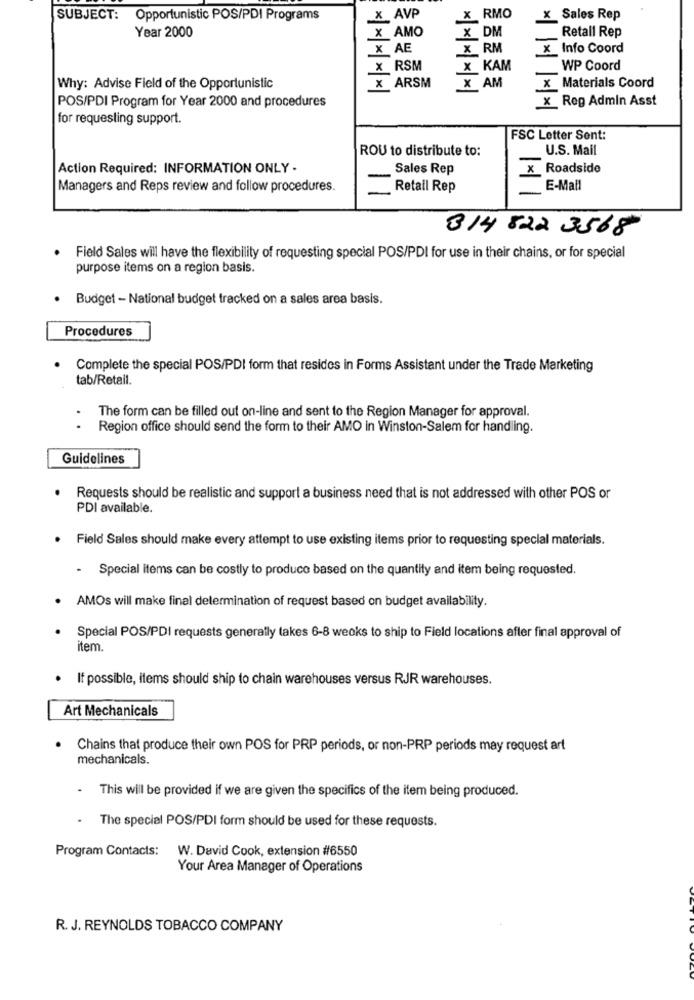
SUBJECT: Opportunistic POS/PDI Programs
x AVP
x RMO
x Sales Rep
X AMO
Retall Rep
Year 2000
X DM
X AE
X RM
x Info Coord
x RSM
x KAM
WP Coord
Why: Advise Field of the Opportunistic
X ARSM
X AM
x Materials Coord
POS/PDI Program for Year 2000 and procedures
x_Reg Admin Asst
for requesting support.
FSC Letter Sent:
ROU to distribute to:
U.S. Mail
Action Required: INFORMATION ONLY .
Sales Rep
x Roadside
Managers and Reps review and follow procedures.
Retail Rep
E-Mail
3 14 822 3568
. Field Sales will have the flexibility of requesting special POS/PDI for use in their chains, or for special
purpose items on a region basis.
Budget - National budget tracked on a sales area basis.
Procedures
Complete the special POS/PDI form that resides in Forms Assistant under the Trade Marketing
tab/Retail.
The form can be filled out on-line and sent to the Region Manager for approval.
. .
Region office should send the form to their AMO in Winston-Salem for handling.
Guidelines
. Requests should be realistic and support a business need that is not addressed with other POS or
PDI available.
· Field Sales should make every attempt to use existing items prior to requesting special materials.
- Special items can be costly to produce based on the quantity and item being requested.
· AMOs will make final determination of request based on budget availability.
Special POS/PDI requests generally takes 6-8 weeks to ship to Field locations after final approval of
item.
· If possible, items should ship to chain warehouses versus RJR warehouses.
Art Mechanicals
.
Chains that produce their own POS for PRP periods, or non-PRP periods may request art
mechanicals.
This will be provided if we are given the specifics of the item being produced.
The special POS/PDI form should be used for these requests.
Program Contacts:
W. David Cook, extension #6550
Your Area Manager of Operations
R. J. REYNOLDS TOBACCO COMPANY